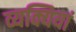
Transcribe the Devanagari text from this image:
व्यक्यियां